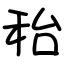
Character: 秮